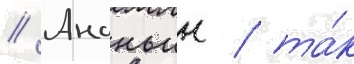
// Ананьин / та́к